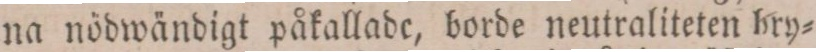
na nödwändigt påkallade, borde neutraliteten bry=